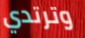
وترتدي